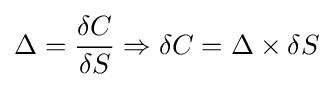
\Delta ={\frac {\delta C}{\delta S}}\Rightarrow \delta C=\Delta \times \delta S